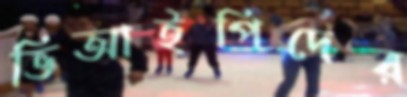
ভিআইপিদের